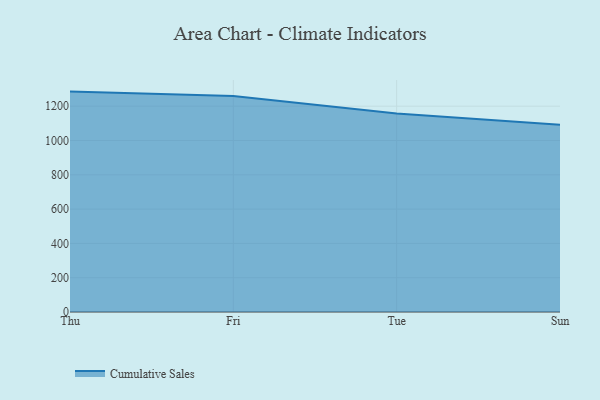
{"axis": {"x": "Day", "y": "Bounce Rate (%)"}, "legend": ["Cumulative Sales"], "data": [{"x": "Thu", "y": 1285.2, "type": "Cumulative Sales"}, {"x": "Fri", "y": 1259.7, "type": "Cumulative Sales"}, {"x": "Tue", "y": 1158.2, "type": "Cumulative Sales"}, {"x": "Sun", "y": 1091.9, "type": "Cumulative Sales"}]}